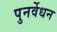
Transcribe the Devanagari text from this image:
पुनर्वेधन